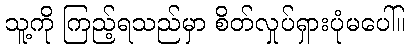
သူ့ကို ကြည့်ရသည်မှာ စိတ်လှုပ်ရှားပုံမပေါ်။